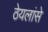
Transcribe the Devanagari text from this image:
ठेयलांसे